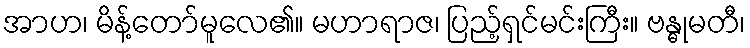
အာဟ၊ မိန့်တော်မူလေ၏။ မဟာရာဇ၊ ပြည့်ရှင်မင်းကြီး။ ဗန္ဓုမတီ၊